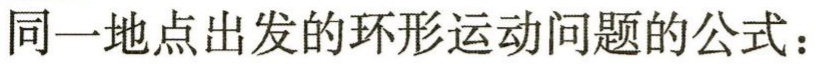
同一地点出发的环形运动问题的公式：